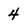
Character: 4